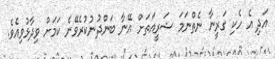
އަަދި އެ ހެކި ގަރީނާ ނެތްނަމަ ޝަރީއަތަށް އޭނާ ބަންދުނުކުރެވޭނެ ކަމަށް ވިދާޅުވިއެވެ.